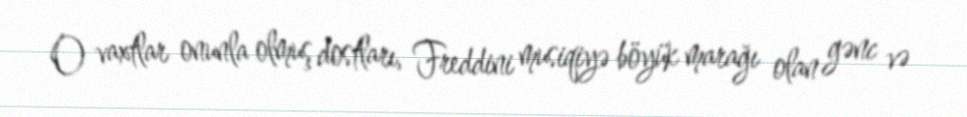
O vaxtlar onunla olmuş dostları, Freddini musiqiyə böyük marağı olan gənc və